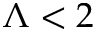
\Lambda < 2